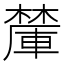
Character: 𪳽